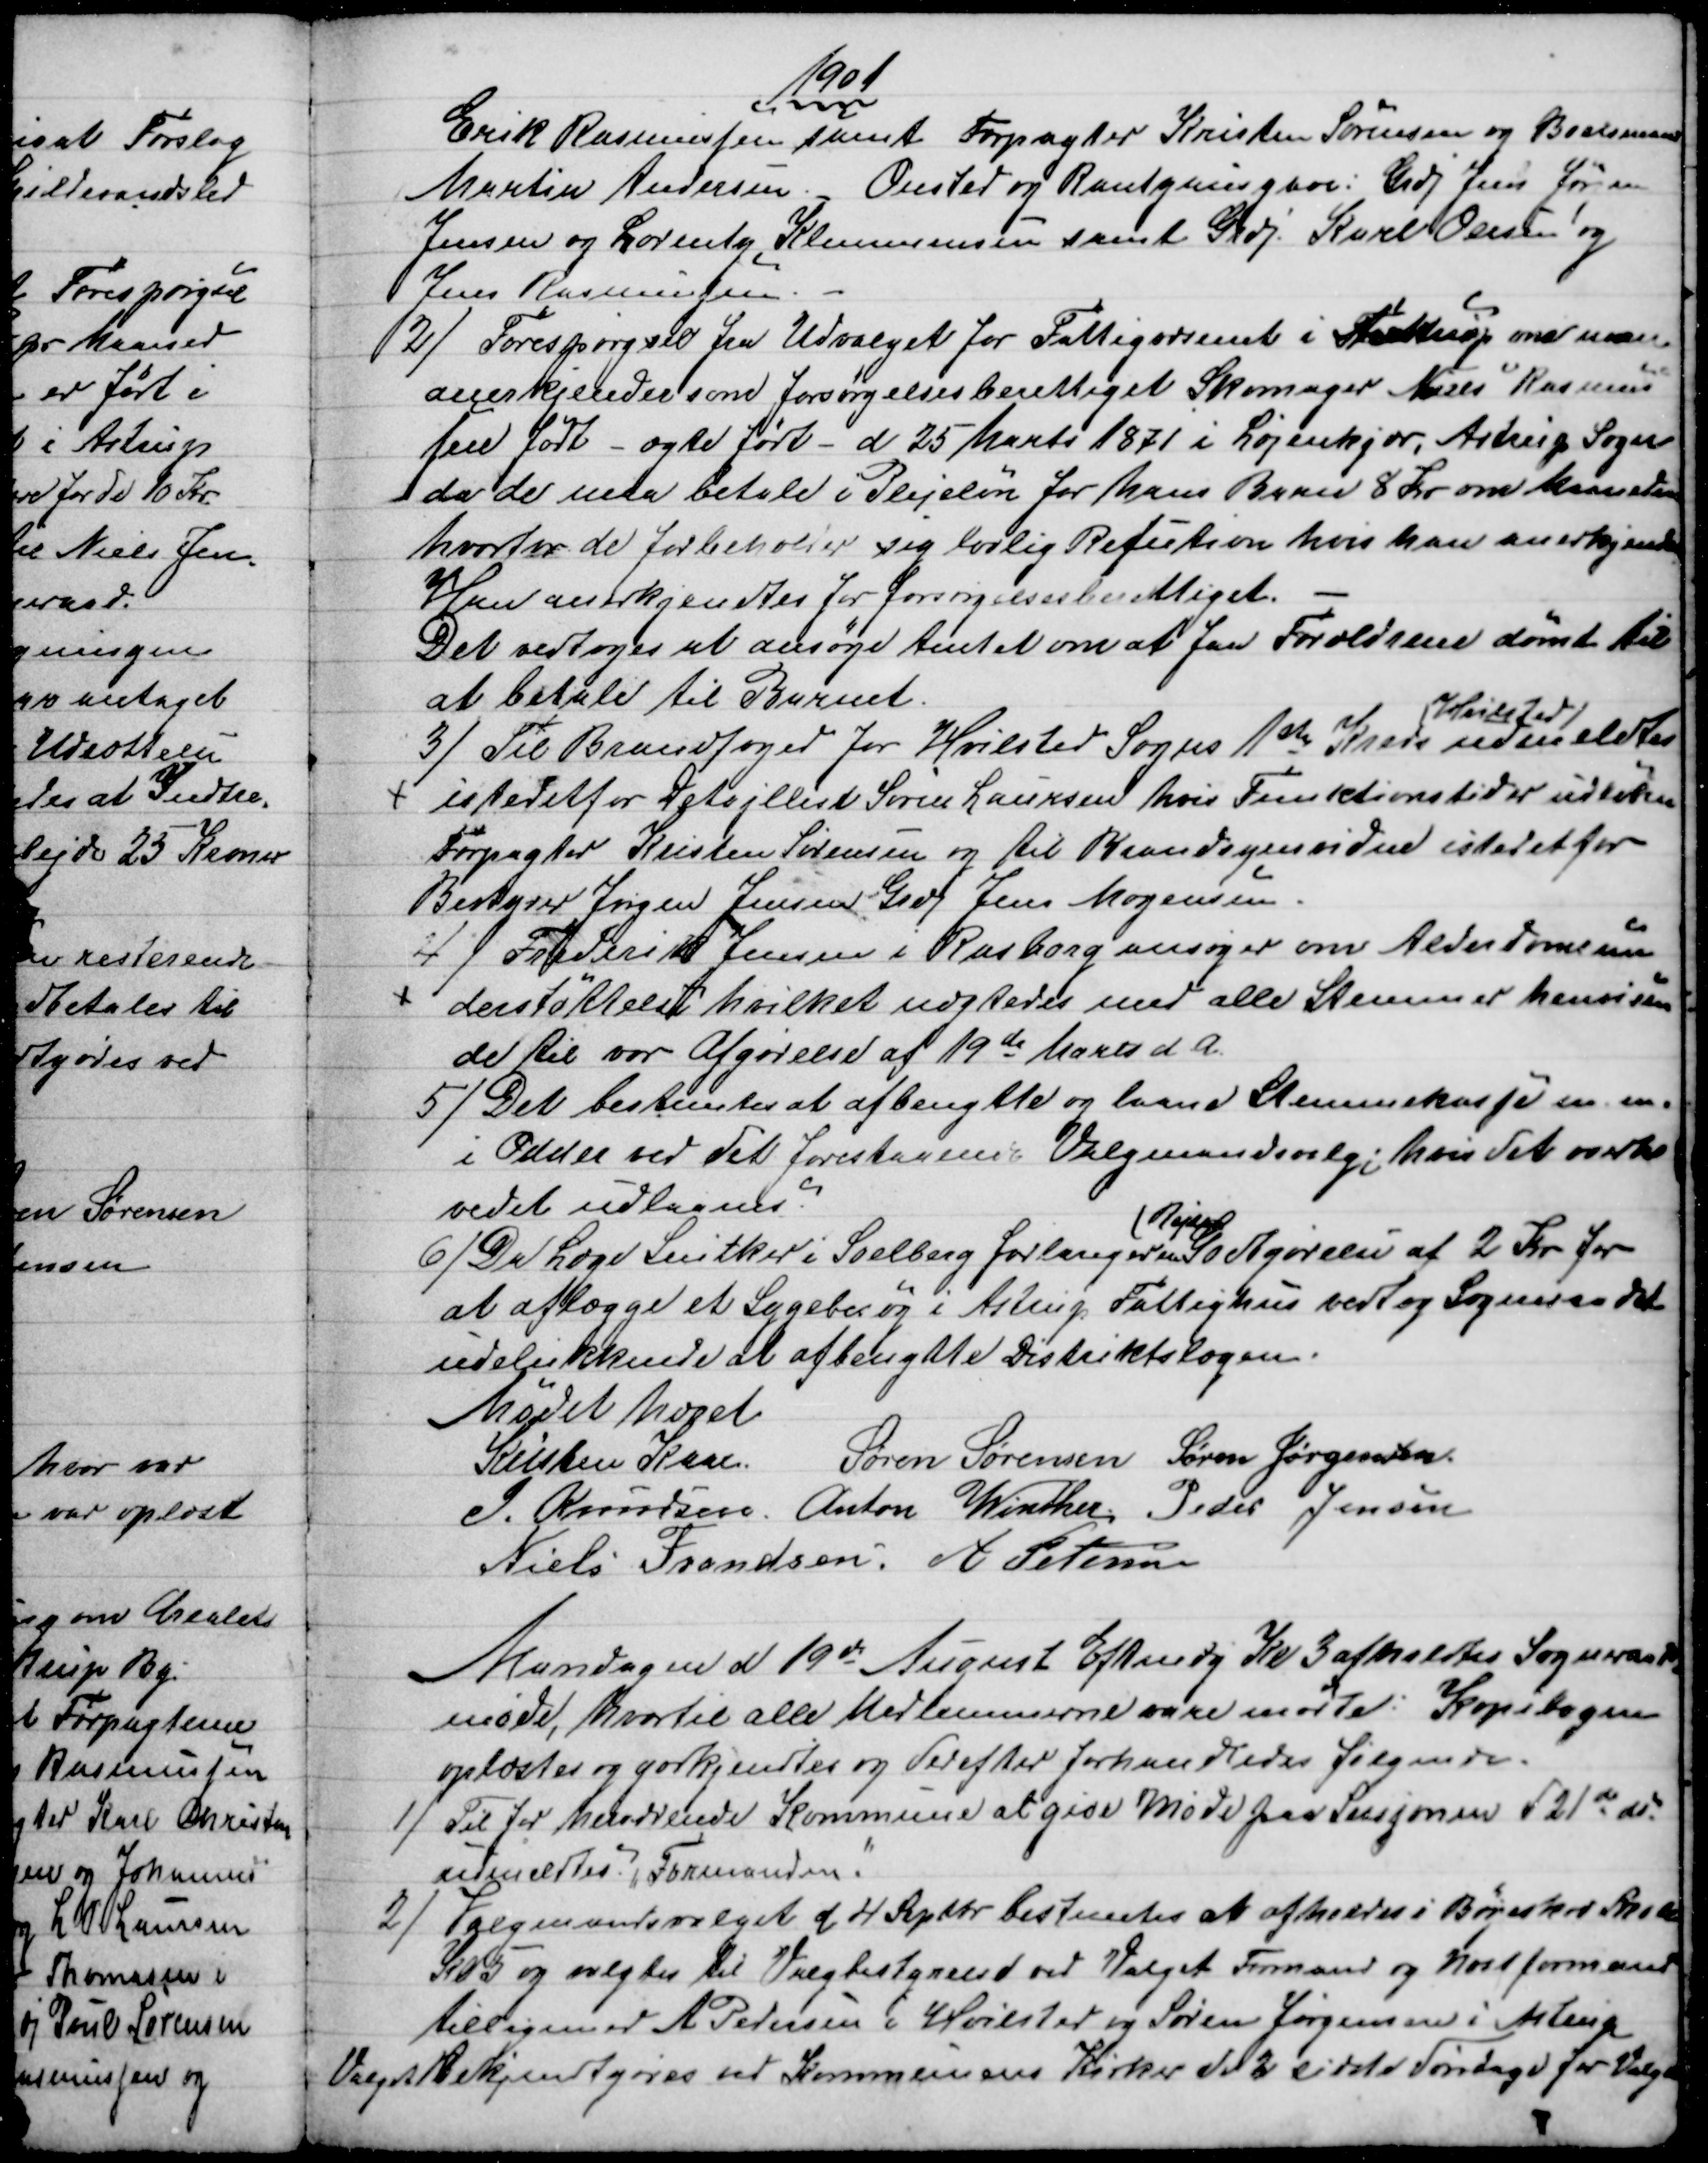
Transskription:
1901
Erik Rasmussen samt Forpagter Kristen Sørensen og Boelsmand
Martin Andersen. Onsted og Rantzausgave: Grdj Jens Jørgen
Jensen og Lorentz Klemmensen samt Grdj Karl Olesen og
Jens Rasmussen
2) 
Forespørgsel fra Udvalget for Fattigvæsenet i Tulstrup om man
anerkjender som forsørgelsesberettiget Skomager Niels Rasmus
sen født - ægte født - d 25 Marts 1871 i Løjenkjær, Astrup Sogn
 da de maa betale i Plejeløn for hans Barn 8 Kr om Maaneden
hvorfor de forbeholder sig lovlig Refusion hvis han anerkjendes
Han anerkjendtes for forsørgelsesberettiget.
Det vedtoges at ansøge Amtet om at faa Forældrene dømt til
at betale til Barnet.
3) 
Til Brandfoged for Hvilsted Sogns 1ste Kreds
Hvilsted
udmeldtes
istedetfor Detajllist Søren Laursen, hvis Funktionstid er udløben
Forpagter Kristen Sørensen og til Brandsynsvidne istedet for
Bestyrer Jørgen Jensen Grdj Jens Mogensen
4)
Frederik Jensen i Rasborg ansøger om Alderdomsun
derstøttelse hvilket nægtedes med alle Stemmer henvisen
de til vor Afgørelse af 19de Marts d. A.
5) 
Det bestemtes at afbenytte og laane Stemmekasse m. m.
i Odder ved det forestaaende Valgmandsvalg; hvis det overho
vedet udlaanes.
6) 
Da Læge Snitker i Soelberg forlanger en 
Rejse
Godtgørelse af 2 Kr. for
at aflægge et Sygebesøg i Astrup Fattighus vedtog Sogneraadet
udelukkende at afbenytte Distriktslægen.
Mødet hævet
Kristen Kaae
Søren Sørensen Søren Jørgensen
J. Knudsen. Anton Winther, Peder Jensen
Niels Frandsen. A Petersen
Mandagen d 19de August Eftmdg Kl. 3 afholdtes Sogneraads
møde, hvortil alle Medlemmerne vare mødte. Kopibogen
oplæstes og godkjendtes og derefter forhandledes følgende.
1) 
Til for herværende Kommune at give Møde paa Sessjonen d 21de ds
udmeldtes Formanden.
2)
Valgmandsvalget d 4 Septbr bestemtes at afholdes i Bøgeskov Skole
Kl 5 og valgtes til Valgbestyrelse ved Valget Formand og Næstformand
tilligemed A Pedersen i Hvilsted og Søren Jørgensen i Astrup
Valget Bekjendtgøres ved Kommunens Kirker de 2 sidste Søndage før Valget